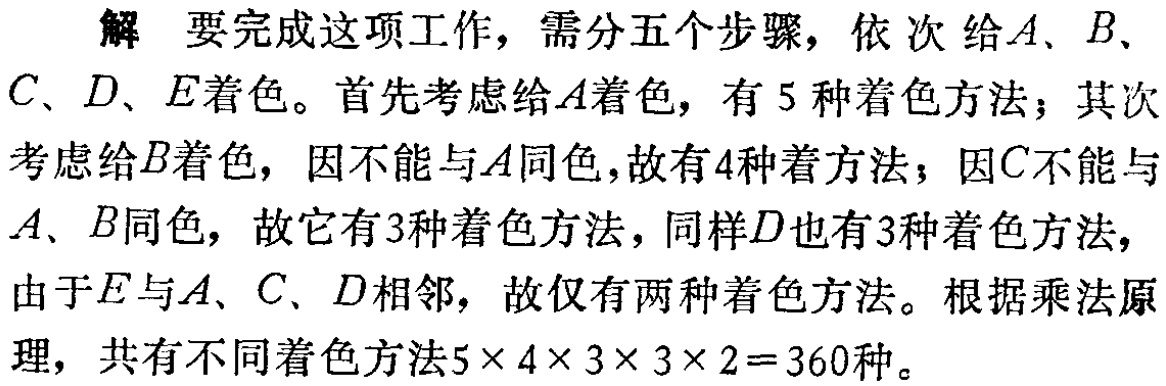
解 要完成这项工作，需分五个步骤，依次给\(A\)、\(B\)、\(C\)、\(D\)、\(E\)着色。首先考虑给\(A\)着色，有\(5\)种着色方法；其次考虑给\(B\)着色，因不能与\(A\)同色，故有\(4\)种着方法；因\(C\)不能与\(A\)、\(B\)同色，故它有\(3\)种着色方法，同样\(D\)也有\(3\)种着色方法，由于\(E\)与\(A\)、\(C\)、\(D\)相邻，故仅有两种着色方法。根据乘法原理，共有不同着色方法\(5\times 4\times 3\times 3\times 2 = 360\)种。